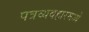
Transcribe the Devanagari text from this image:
पत्रव्यवहारमध्ये